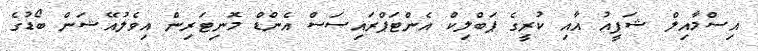
އިސްމާއިލް ޝަފީއު އާއި ކުރީގެ ޕަބްލިކް އެންޓަޕްރައިސަސް އެންޑް މޮނިޓަރިން އިވެލުއޭޝަން ބޯޑުގެ